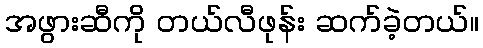
အဖွားဆီကို တယ်လီဖုန်း ဆက်ခဲ့တယ်။